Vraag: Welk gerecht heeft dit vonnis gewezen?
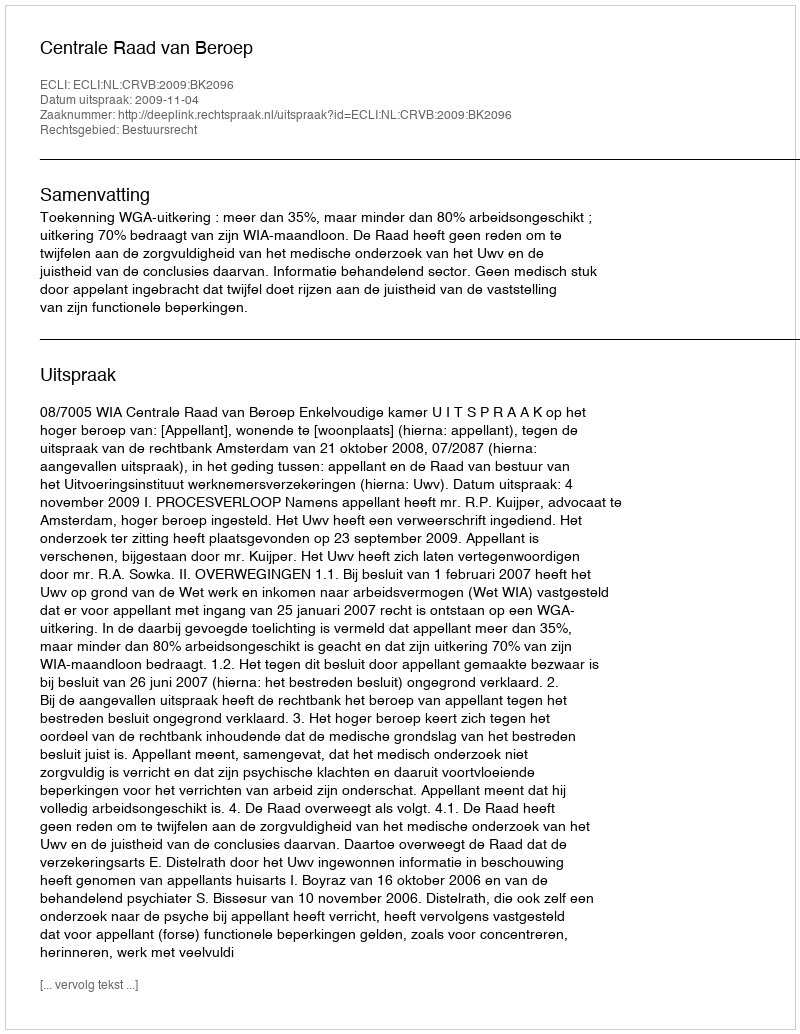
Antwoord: Centrale Raad van Beroep